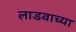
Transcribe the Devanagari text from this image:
लाडवाच्या